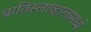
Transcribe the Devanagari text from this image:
ब्रातिस्लाव्हालामध्ये